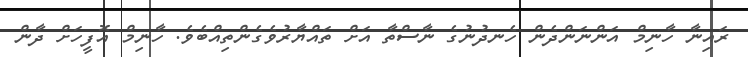
ރައިނާ ހާނިމް އަންނަންދެން ހެނދުނުގެ ނާސްތާ އަށް ތައްޔާރުވެގެންތިއްބެވެ. ހާނިމް އޮފީހަށް ދާން